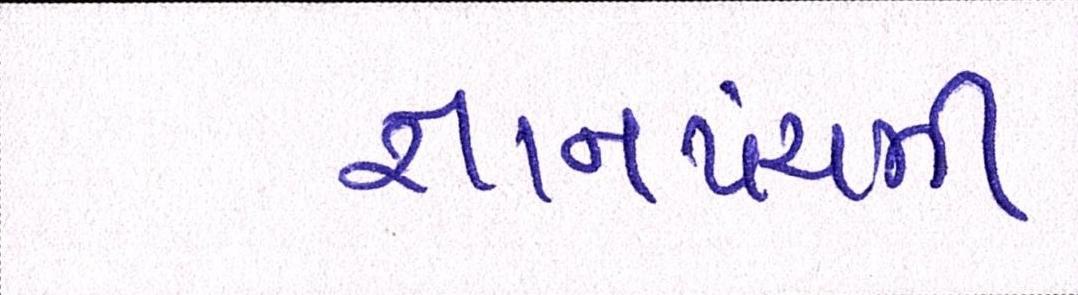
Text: જ્ઞાનપંચમી